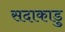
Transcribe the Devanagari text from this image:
सदाकाडु